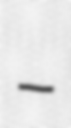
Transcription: –